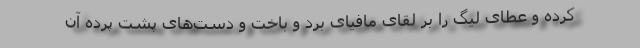
کرده و عطای لیگ را بر لقای مافیای بُرد و باخت و دست‌های پشت پرده آن